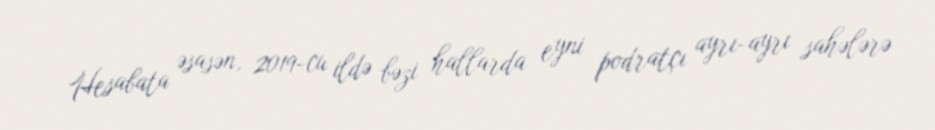
Hesabata əsasən, 2019-cu ildə bəzi hallarda eyni podratçı ayrı-ayrı sahələrə